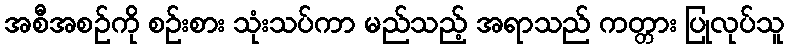
အစီအစဉ်ကို စဉ်းစား သုံးသပ်ကာ မည်သည့် အရာသည် ကတ္တား ပြုလုပ်သူ